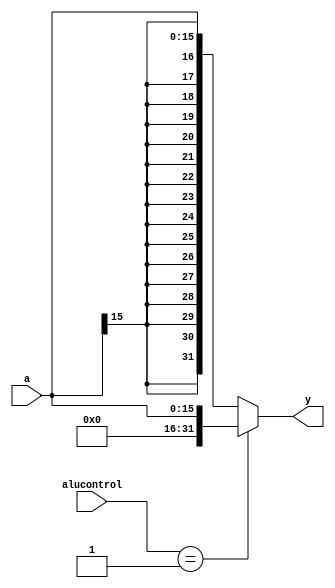
`ifndef _signext_v_
`define _signext_v_

module signext(a,alucontrol,y);
input [15:0] a;
input [2:0] alucontrol;
output [31:0] y;              

assign y = (alucontrol==3'b001)? {{16{1'b0}},a}:{{16{a[15]}},a};
endmodule

`endif